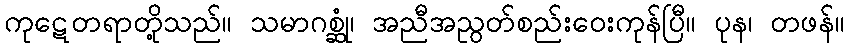
ကုဋေတရာတို့သည်။ သမာဂစ္ဆုံ၊ အညီအညွတ်စည်းဝေးကုန်ပြီ။ ပုန၊ တဖန်။